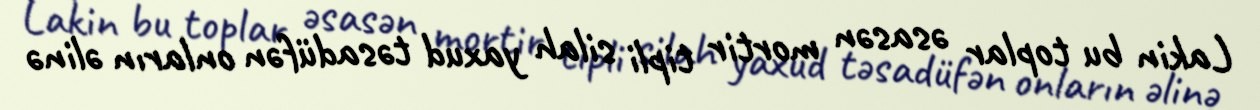
Lakin bu toplar əsasən mortir tipli silah yaxud təsadüfən onların əlinə